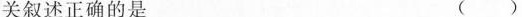
关叙述正确的是 ()